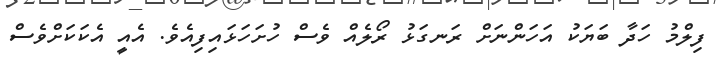
ފިލްމު ހަދާ ބަޔަކު އަހަންނަށް ރަނގަޅު ރޯލެއް ވެސް ހުށަހަޅައިފިއެވެ. އެއީ އެކަކަށްވެސް